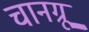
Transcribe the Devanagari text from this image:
चानग्रू